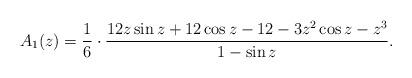
LaTeX: \begin{align*}A_1(z)= \frac{1}{6} \cdot \frac{12z\sin z +12\cos z -12 -3z^2\cos z -z^3}{1-\sin z}.\end{align*}